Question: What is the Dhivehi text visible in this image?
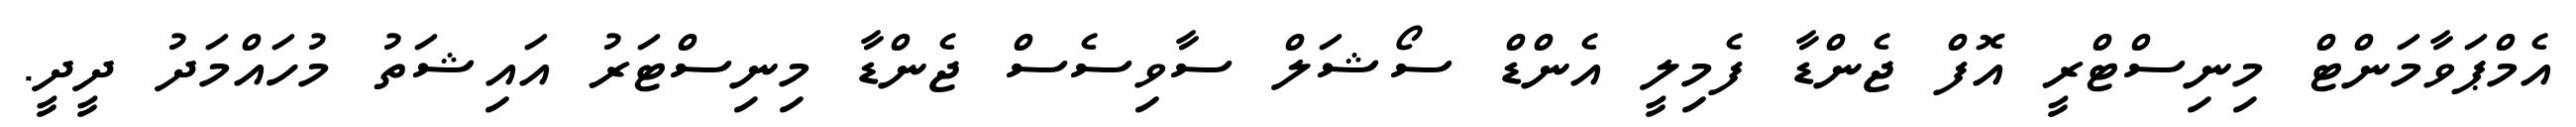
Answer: އެމްޕަވާމަންޓް މިނިސްޓްރީ އޮފް ޖެންޑާ ފެމިލީ އެންޑް ސޯޝަލް ސާވިސެސް ޖެންޑާ މިނިސްޓަރު އައިޝަތު މުހައްމަދު ދީދީ.